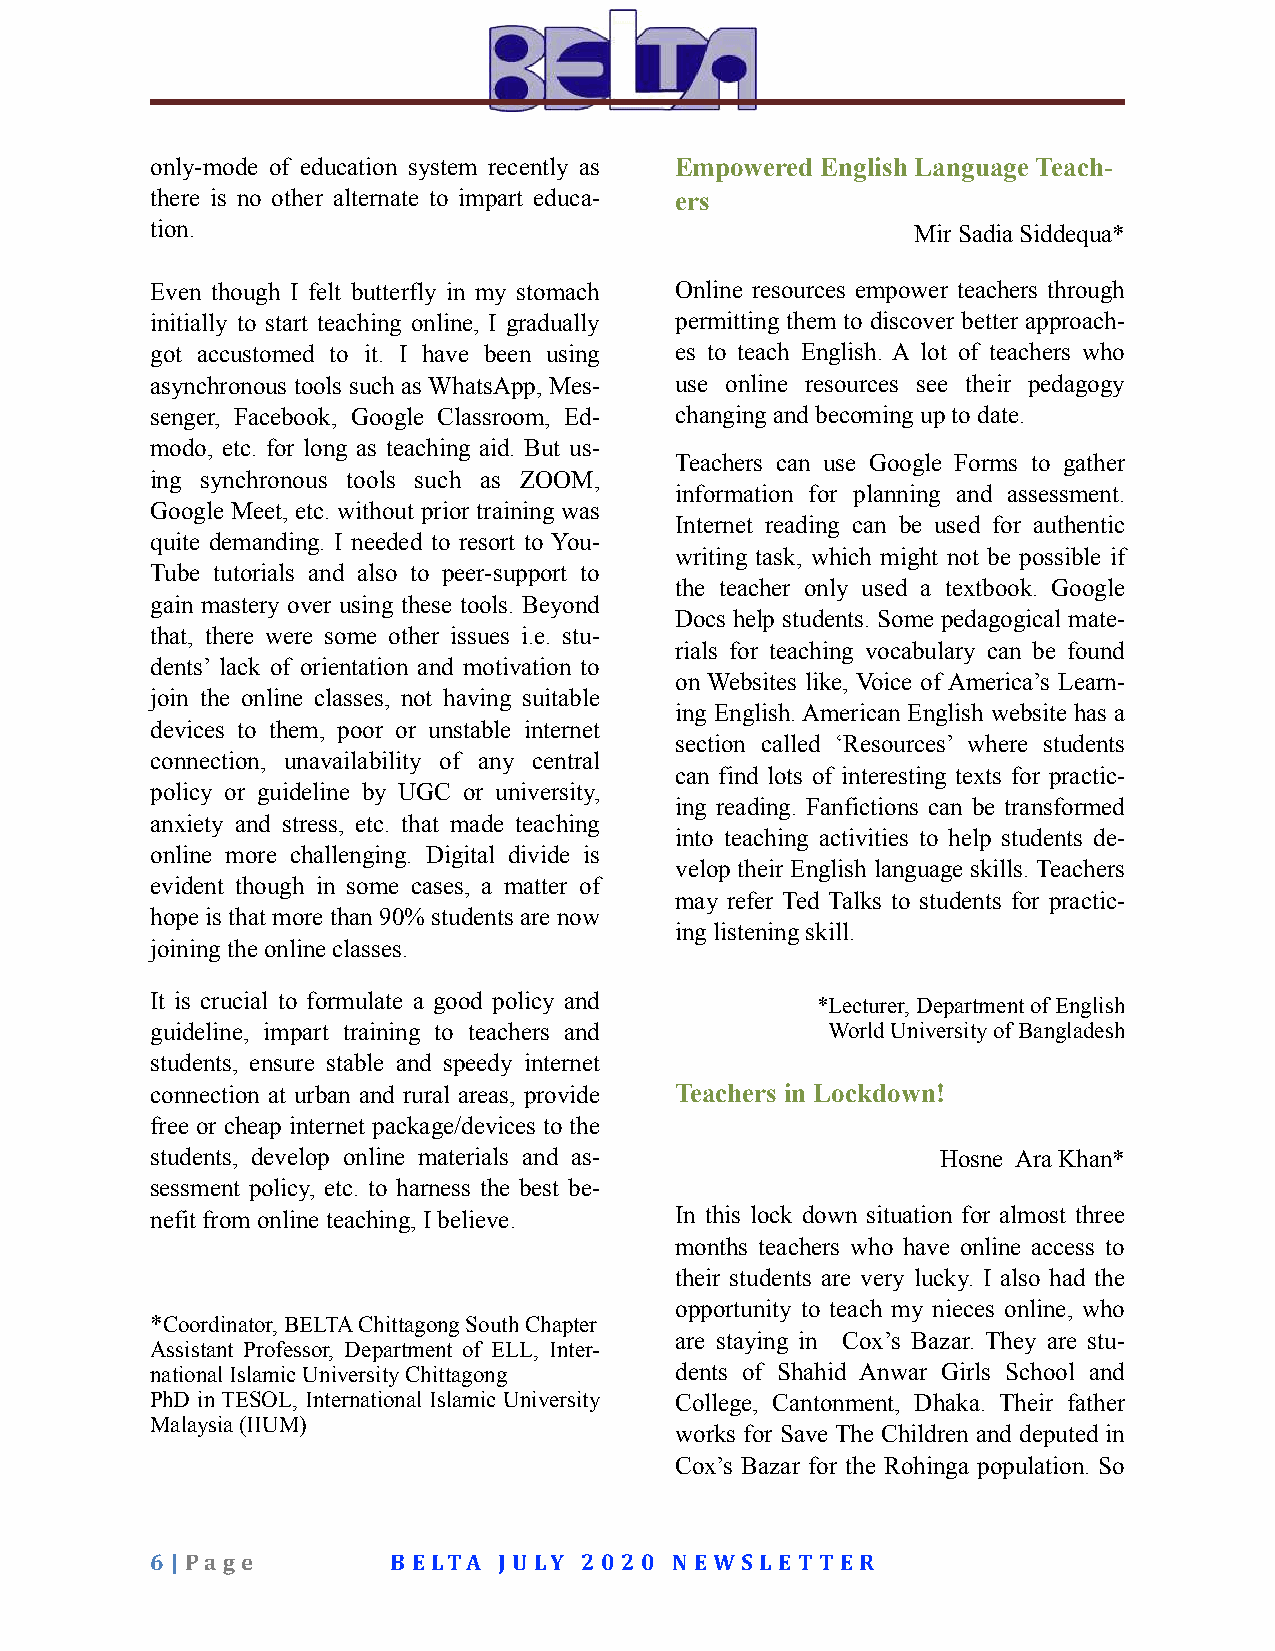
only-mode of education system recently as Empowered English Language Teach-
 there is no other alternate to impart educa- ers
 tion.                                              Mir Sadia Siddequa*
 Even though I felt butterfly in my stomach Online resources empower teachers through
 initially to start teaching online, I gradually permitting them to discover better approach-
 got accustomed to it. I have been using es to teach English. A lot of teachers who
 asynchronous tools such as WhatsApp, Mes- use online resources see their pedagogy
 senger, Facebook, Google Classroom, Ed- changing and becoming up to date.
 modo, etc. for long as teaching aid. But us-
 Teachers can use Google Forms to gather
 ing synchronous tools such as ZOOM,
 information for planning and assessment.
 Google Meet, etc. without prior training was
 Internet reading can be used for authentic
 quite demanding. I needed to resort to You-
 writing task, which might not be possible if
 Tube tutorials and also to peer-support to
 the teacher only used a textbook. Google
 gain mastery over using these tools. Beyond
 Docs help students. Some pedagogical mate-
 that, there were some other issues i.e. stu-
 rials for teaching vocabulary can be found
 dents’ lack of orientation and motivation to
 on Websites like, Voice of America’s Learn-
 join the online classes, not having suitable
 ing English. American English website has a
 devices to them, poor or unstable internet
 section called ‘Resources’ where students
 connection, unavailability of any central
 can find lots of interesting texts for practic-
 policy or guideline by UGC or university,
 ing reading. Fanfictions can be transformed
 anxiety and stress, etc. that made teaching
 into teaching activities to help students de-
 online more challenging. Digital divide is
 velop their English language skills. Teachers
 evident though in some cases, a matter of
 may refer Ted Talks to students for practic-
 hope is that more than 90% students are now
 ing listening skill.
 joining the online classes.
 It is crucial to formulate a good policy and
 *Lecturer, Department of English
 guideline, impart training to teachers and   World University of Bangladesh
 students, ensure stable and speedy internet
 connection at urban and rural areas, provide Teachers in Lockdown!
 free or cheap internet package/devices to the
 students, develop online materials and as-          Hosne Ara Khan*
 sessment policy, etc. to harness the best be-
 nefit from online teaching, I believe. In this lock down situation for almost three
 months teachers who have online access to
 their students are very lucky. I also had the
 opportunity to teach my nieces online, who
 *Coordinator, BELTA Chittagong South Chapter
 are staying in Cox’s Bazar. They are stu-
 Assistant Professor, Department of ELL, Inter-
 national Islamic University Chittagong dents of Shahid Anwar Girls School and
 PhD in TESOL, International Islamic University College, Cantonment, Dhaka. Their father
 Malaysia (IIUM)
 works for Save The Children and deputed in
 Cox’s Bazar for the Rohinga population. So
 6 | Pa g e      B ELTA JU LY 2 0 2 0 N EWS LET T ER